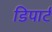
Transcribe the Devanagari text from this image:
डिपार्ट